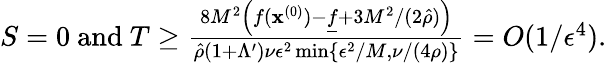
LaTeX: \begin{array}{r}{S=0\mathrm{~and~}T\geq\frac{8M^{2}\left(f({\mathbf x}^{(0)})-\underline{f}+3M^{2}/(2\hat{\rho})\right)}{\hat{\rho}(1+\Lambda^{\prime})\nu\epsilon^{2}\operatorname*{min}\left\{ \epsilon^{2}/M,\nu/(4\rho)\right\} }=O(1/\epsilon^{4}).}\end{array}